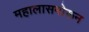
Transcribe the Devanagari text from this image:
महालासमोरून